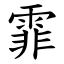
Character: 霏